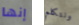
إنها ونتكلم